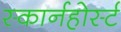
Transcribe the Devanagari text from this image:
स्कार्नहोर्स्ट